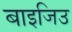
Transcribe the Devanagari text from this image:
बाइजिउ